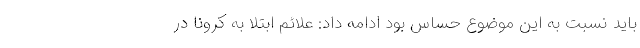
باید نسبت به این موضوع حساس بود ادامه داد: علائم ابتلا به کرونا در